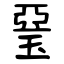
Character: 琧